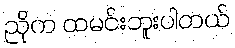
ညိုက ထမင်းဘူးပါတယ်